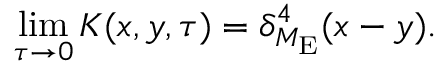
\operatorname * { l i m } _ { \tau \to 0 } K ( x , y , \tau ) = \delta _ { { \cal M } _ { \mathrm { E } } } ^ { 4 } ( x - y ) .